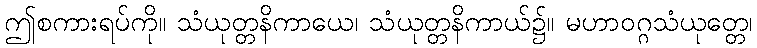
ဤစကားရပ်ကို။ သံယုတ္တနိကာယေ၊ သံယုတ္တနိကာယ်၌။ မဟာဝဂ္ဂသံယုတ္တေ၊